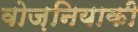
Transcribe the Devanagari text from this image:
वोज़नियाकी